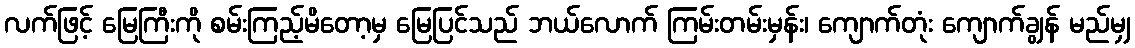
လက်ဖြင့် မြေကြီးကို စမ်းကြည့်မိတော့မှ မြေပြင်သည် ဘယ်လောက် ကြမ်းတမ်းမှန်း၊ ကျောက်တုံး ကျောက်ချွန် မည်မျှ